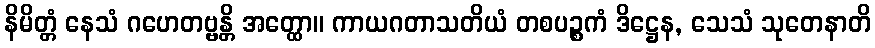
နိမိတ္တံ နေသံ ဂဟေတဗ္ဗန္တိ အတ္ထော။ ကာယဂတာသတိယံ တစပဉ္စကံ ဒိဋ္ဌေန, သေသံ သုတေနာတိ